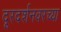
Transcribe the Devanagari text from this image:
दूरदर्शनवरच्या